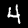
Label: 4